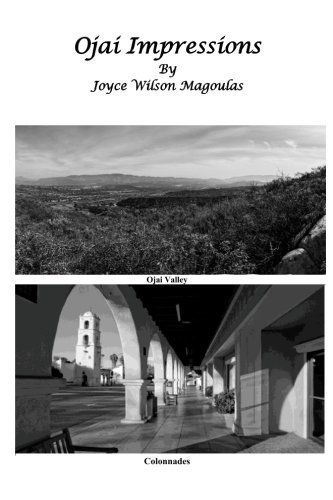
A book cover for Ojai Impressions; Joyce Wilson Magoulas; Literature & Fiction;